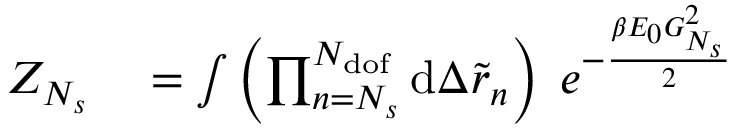
\begin{array} { r l } { Z _ { N _ { s } } } & { { } = \int { \left( \prod _ { n = N _ { s } } ^ { N _ { \mathrm { d o f } } } { \mathrm { d } \Delta \tilde { r } _ { n } } \right) \; e ^ { - \frac { \beta E _ { 0 } G _ { N _ { s } } ^ { 2 } } { 2 } } } } \end{array}